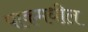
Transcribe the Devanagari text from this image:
पाकमधील